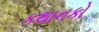
કથાનકો